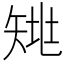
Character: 𰦗